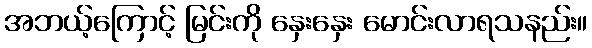
အဘယ့်ကြောင့် မြင်းကို နှေးနှေး မောင်းလာရသနည်း။